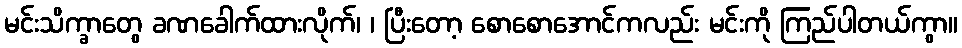
မင်းသိက္ခာတွေ ခဏခေါက်ထားလိုက်၊ ၊ ပြီးတော့ စောစောအောင်ကလည်း မင်းကို ကြည်ပါတယ်ကွာ။